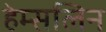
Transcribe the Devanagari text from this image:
हेम्सलिन